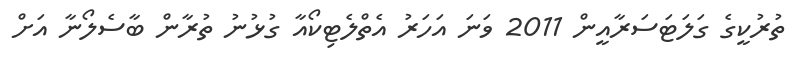
ތުރުކީގެ ގަލަޓަސަރާއީން 2011 ވަނަ އަހަރު އެތްލެޓިކޯއާ ގުޅުނު ތުރާން ބާސެލޯނާ އަށް